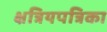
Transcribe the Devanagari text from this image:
क्षत्रियपत्रिका